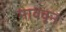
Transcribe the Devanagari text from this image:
माववून